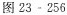
图23-256